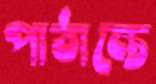
পাঠান্তে